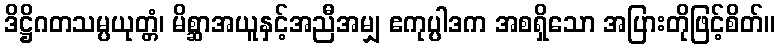
ဒိဋ္ဌိဂတသမ္ပယုတ္တံ၊ မိစ္ဆာအယူနှင့်အညီအမျှ ဧကုပ္ပါဒက အစရှိသော အပြားတိုဖြင့်စိတ်။